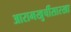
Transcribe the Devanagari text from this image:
आरामखुर्चीसारखा